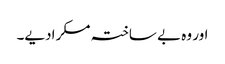
اور وہ بے ساختہ مسکرادیے۔